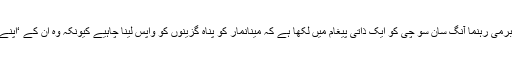
انھوں نے برمی رہنما آنگ سان سو چی کو ایک ذاتی پیغام میں لکھا ہے کہ مینانمار کو پناہ گزینوں کو واپس لینا چاہیے کیونکہ وہ ان کے ‘اپنے لوگ’ ہیں۔